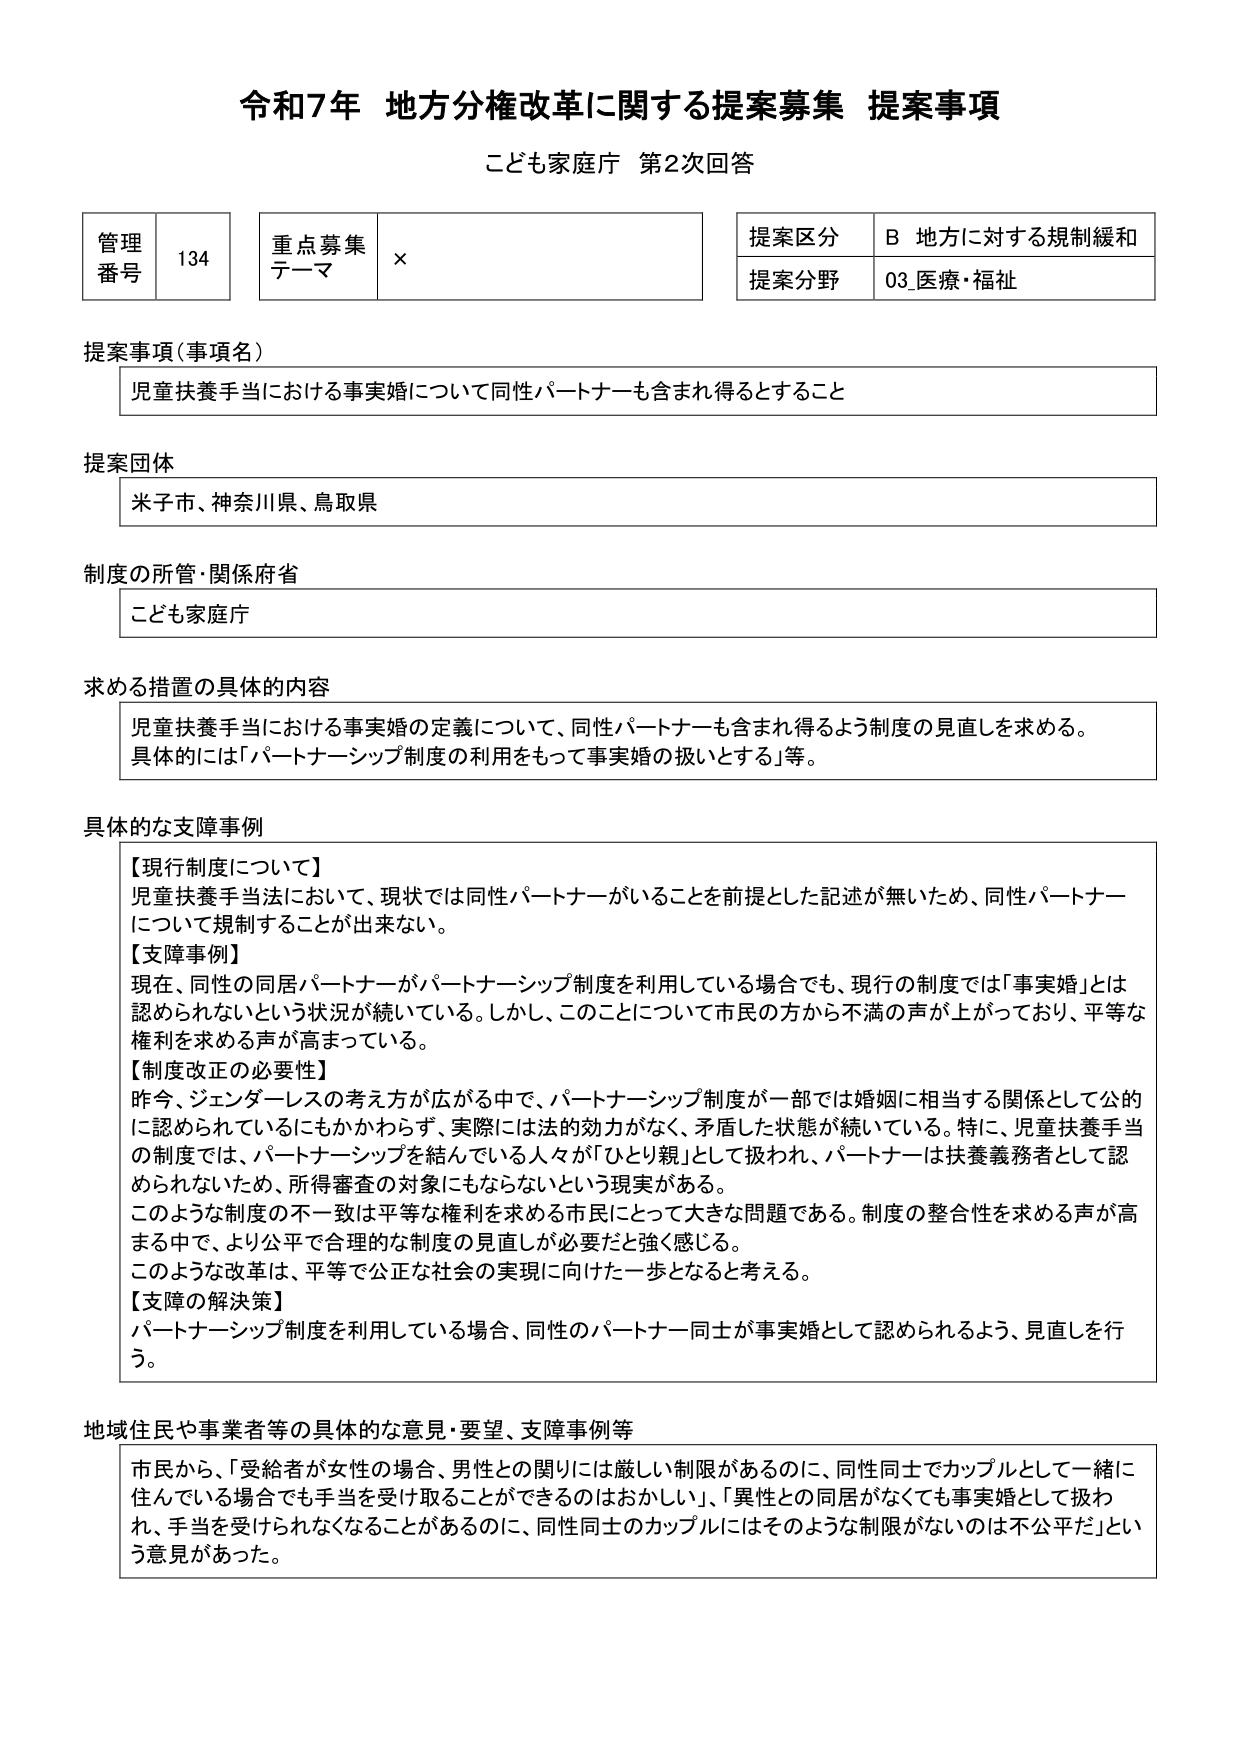
令和7年 地方分権改革に関する提案募集 提案事項
こども家庭庁 第2次回答

管理番号 134
重点募集テーマ ×
提案区分 B 地方に対する規制緩和
提案分野 03_医療・福祉

提案事項（事項名）
児童扶養手当における事実婚について同性パートナーも含まれ得るとすること

提案団体
米子市、神奈川県、鳥取県

制度の所管・関係府省
こども家庭庁

求める措置の具体的内容
児童扶養手当における事実婚の定義について、同性パートナーも含まれ得るよう制度の見直しを求める。
具体的には「パートナーシップ制度の利用をもって事実婚の扱いとする」等。

具体的な支障事例
【現行制度について】
児童扶養手当法において、現状では同性パートナーがいることを前提とした記述が無いため、同性パートナーについて規制することが出来ない。
【支障事例】
現在、同性の同居パートナーがパートナーシップ制度を利用している場合でも、現行の制度では「事実婚」とは認められないという状況が続いている。しかし、このことについて市民の方から不満の声が上がっており、平等な権利を求める声が高まっている。
【制度改正の必要性】
昨今、ジェンダーレスの考え方が広がる中で、パートナーシップ制度が一部では婚姻に相当する関係として公的に認められているにもかかわらず、実際には法的効力がなく、矛盾した状態が続いている。特に、児童扶養手当の制度では、パートナーシップを結んでいる人々が「ひとり親」として扱われ、パートナーは扶養義務者として認められないため、所得審査の対象にもならないという現実がある。
このような制度の不一致は平等な権利を求める市民にとって大きな問題である。制度の整合性を求める声が高まる中で、より公平で合理的な制度の見直しが必要だと強く感じる。
このような改革は、平等で公正な社会の実現に向けた一歩となると考える。
【支障の解決策】
パートナーシップ制度を利用している場合、同性のパートナー同士が事実婚として認められるよう、見直しを行う。

地域住民や事業者等の具体的な意見・要望、支障事例等
市民から、「受給者が女性の場合、男性との関には厳しい制限があるのに、同性同士でカップルとして一緒に住んでいる場合でも手当を受け取ることができる的是おかしい」、「異性との同居がなくても事実婚として扱われ、手当を受けられなくなることがあるのに、同性同士のカップルにはそのような制限がないのは不公平だ」という意見があった。